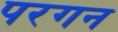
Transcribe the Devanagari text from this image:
परगन